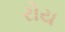
રોય